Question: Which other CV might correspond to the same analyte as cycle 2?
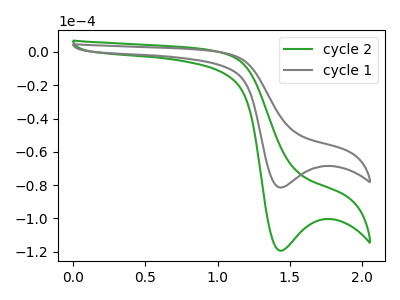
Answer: <think>The green curve "cycle 2" has a cathodic peak at: (1.45V, -119.45uA). The gray curve "cycle 1" has a cathodic peak at: (1.45V, -81.50uA).
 All the peaks in "cycle 2" have a peak in "cycle 1" at the same potential. Every peak in "cycle 2" is higher than every peak in "cycle 1".</think>
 <answer>The CV with the most similar shape to "cycle 1" is "cycle 2".</answer>
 <eval>"cycle 2"</eval>